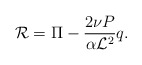
\begin{align*}{\cal R} = \Pi - \frac{2 \nu P}{ \alpha {\cal L}^2 } q. \end{align*}